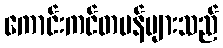
ကောင်းကင်တမန်များသည်